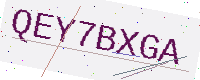
Text: QEY7BXGA